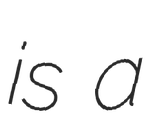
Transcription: is a